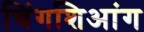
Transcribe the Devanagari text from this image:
चिंगशिआंग